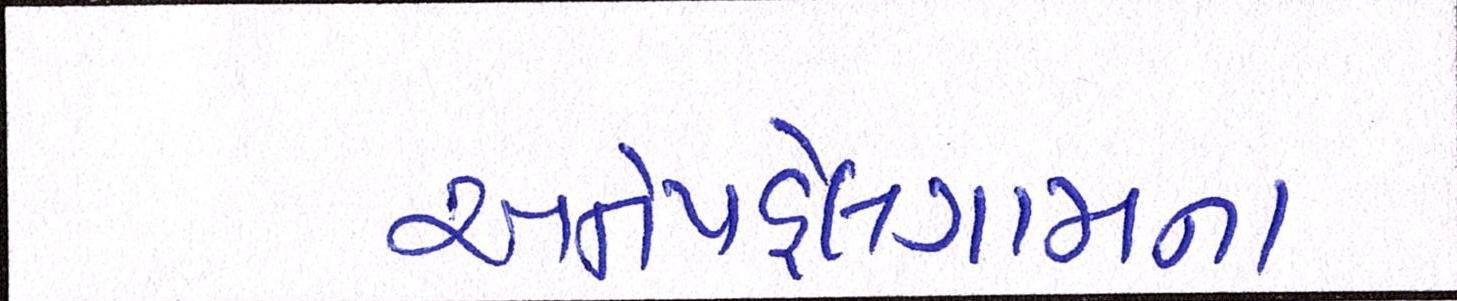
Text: અનેપહેલગામના